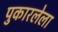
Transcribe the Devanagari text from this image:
पुकारलेला